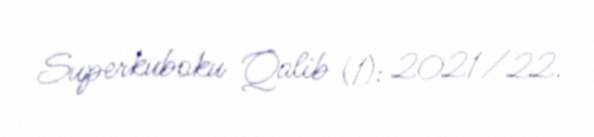
Superkuboku Qalib (1): 2021/22.